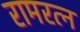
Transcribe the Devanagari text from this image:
रामरत्‍न